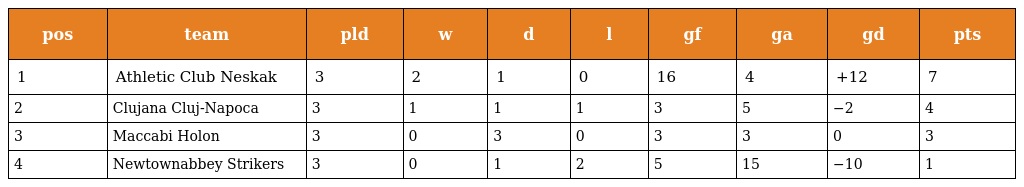
| pos | team | pld | w | d | l | gf | ga | gd | pts |
 | --- | --- | --- | --- | --- | --- | --- | --- | --- | --- |
 | 1 | Athletic Club Neskak | 3 | 2 | 1 | 0 | 16 | 4 | +12 | 7 |
 | 2 | Clujana Cluj-Napoca | 3 | 1 | 1 | 1 | 3 | 5 | −2 | 4 |
 | 3 | Maccabi Holon | 3 | 0 | 3 | 0 | 3 | 3 | 0 | 3 |
 | 4 | Newtownabbey Strikers | 3 | 0 | 1 | 2 | 5 | 15 | −10 | 1 |